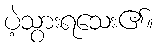
ပဲ့သွားရသေး၏။